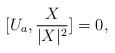
LaTeX: \begin{align*}[U_{a},\frac{X}{|X|^2}]=0, \end{align*}